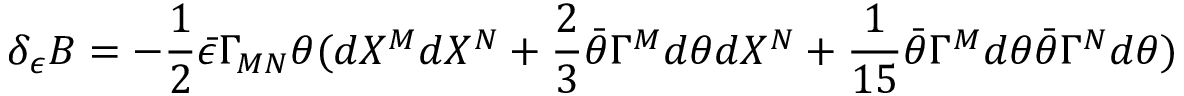
\delta _ { \epsilon } B = - { \frac { 1 } { 2 } } \bar { \epsilon } \Gamma _ { M N } \theta ( d X ^ { M } d X ^ { N } + { \frac { 2 } { 3 } } \bar { \theta } \Gamma ^ { M } d \theta d X ^ { N } + { \frac { 1 } { 1 5 } } \bar { \theta } \Gamma ^ { M } d \theta \bar { \theta } \Gamma ^ { N } d \theta )